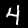
Digit: 4